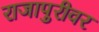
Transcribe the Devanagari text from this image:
राजापुरीवर